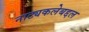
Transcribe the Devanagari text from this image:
नाट्यकलेबद्दल